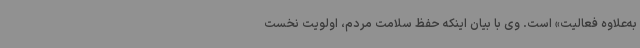
به‌علاوه فعالیت» است. وی با بیان اینکه حفظ سلامت مردم، اولویت نخست